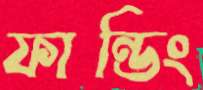
ফান্ডিং